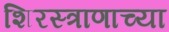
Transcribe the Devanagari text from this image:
शिरस्त्राणाच्या